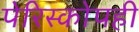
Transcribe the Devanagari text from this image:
पेरिस्कोपही